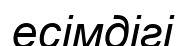
есімдігі